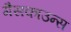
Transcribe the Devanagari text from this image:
गैसकाउन्स